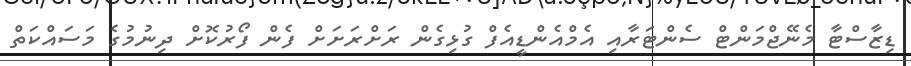
ޑިޒާސްޓާ މެނޭޖްމަންޓް ސެންޓަރާއި އެމްއެންޑީއެފް ގުޅިގެން ރަށްރަށަށް ފެން ފޯރުކޮށް ދިނުމުގެ މަސައްކަތް